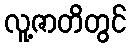
လူ့ဇာတိတွင်